Annual report of the Punjab Veterinary College and of the Civil Veterinary Department, Punjab - 1926-1932
Year: 1926
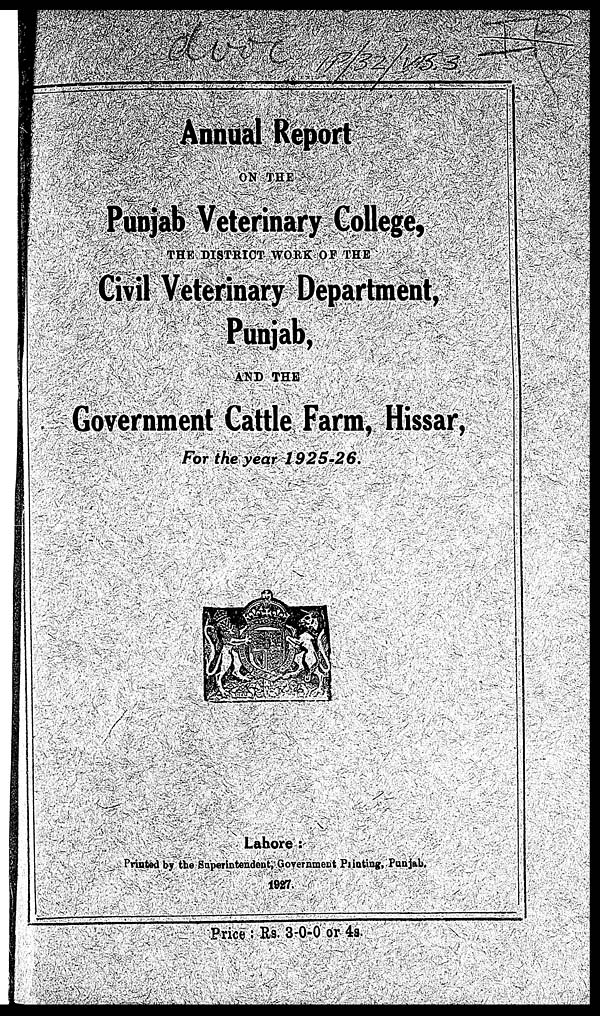
Annual Report
ON THE
Punjab Veterinary College,
THE DISTRICT WORK OF THE
Civil Veterinary Department,
Punjab,
AND THE
Government Cattle Farm, Hissar,
For the year
1925-26.
Lahore:
Printed by the Superintendent, Government Printing, Punjab.
1927.
Price: Rs. 3-0-0 or 4s.